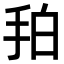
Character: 𢫗